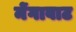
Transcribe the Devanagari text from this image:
मेंगावाट